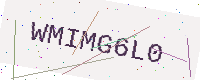
Text: WMIMG6L0